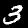
Digit: 3